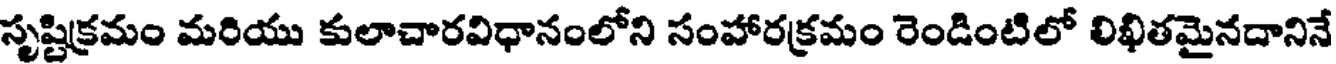
సృష్టిక్రమం మరియు కులాచారవిధానంలోని సంహారక్రమం రెండింటిలో లిఖితమైనదానినే